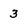
Character: 3